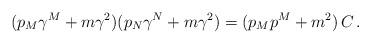
LaTeX: \begin{align*}(p_M\gamma^M+m\gamma^2)(p_N\gamma^N+m\gamma^2)=(p_Mp^M+m^2)\,C\,.\end{align*}